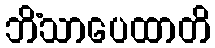
ဘိံသာပေထာတိ